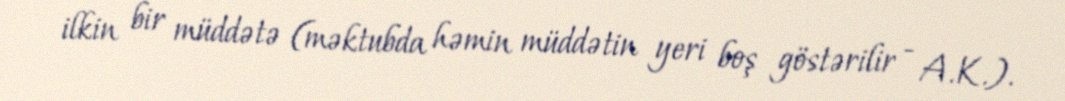
ilkin bir müddətə (məktubda həmin müddətin yeri boş göstərilir - A.K.).